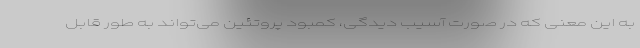
به این معنی که در صورت آسیب دیدگی، کمبود پروتئین می‌تواند به طور قابل